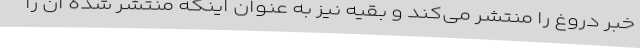
خبر دروغ را منتشر می‌کند و بقیه نیز به عنوان اینکه منتشر شده آن را